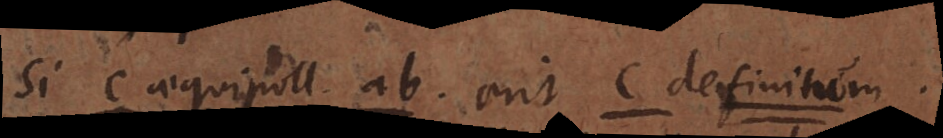
Si c aequipoll. ab. erit c definitum.